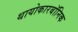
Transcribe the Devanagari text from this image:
थायोकारबॉनिक